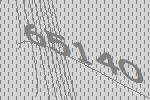
65140